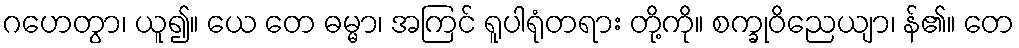
ဂဟေတွာ၊ ယူ၍။ ယေ တေ ဓမ္မာ၊ အကြင် ရူပါရုံတရား တို့ကို။ စက္ခုဝိညေယျာ၊ န်၏။ တေ